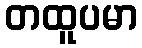
တထူပမာ